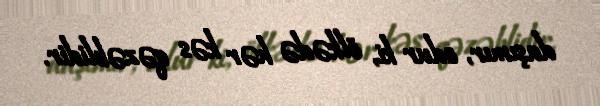
daşımır, odur ki, ölkədə hər kəs qəzəblidir.